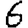
Digit: 6